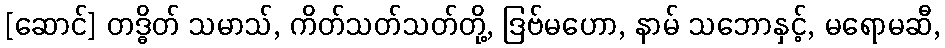
[ဆောင်] တဒ္ဓိတ် သမာသ်, ကိတ်သတ်သတ်တို့, ဒြဗ်မဟော, နာမ် သဘောနှင့်, မရောမဆီ,